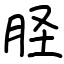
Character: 𦙾